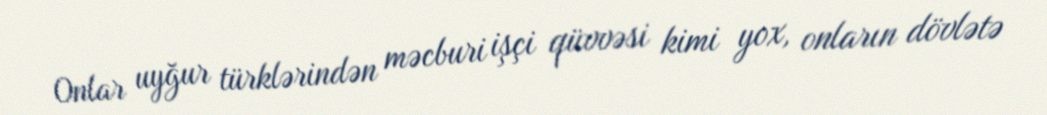
Onlar uyğur türklərindən məcburi işçi qüvvəsi kimi yox, onların dövlətə